Sanitation, dispensaries and jails vaccination Rajputana 1922-1927 - 1922-1927
Year: 1922
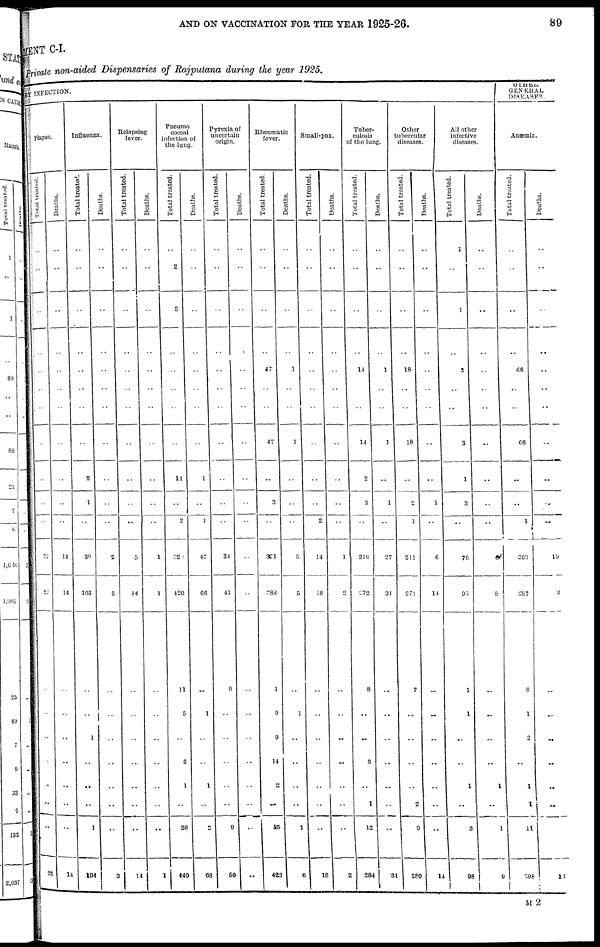
AND ON VACCINATION FOR THE YEAR 1925-26.
89
MENT C-I.
Private non-aided Dispensaries of Rajputana during the year 1925.
BY INFECTION.
Plague.
Total treated.
..
..
..
..
..
..
..
..
..
..
..
22
22
..
..
..
..
..
..
..
22
Deaths.
..
..
..
..
..
..
..
..
..
..
14
14
..
..
..
..
..
..
..
14
Influenza.
Total treated.
..
..
..
..
..
..
..
..
2
1
..
30
103
..
..
1
..
..
..
1
104
Deaths.
..
..
..
..
..
..
..
..
..
..
..
2
3
..
..
..
..
..
..
..
3
Relaps
ing
fever.
Total treated.
..
..
..
..
..
..
..
..
..
..
..
5
14
..
..
..
..
..
..
..
14
Deaths.
..
..
..
..
..
. .
..
..
..
..
..
1
1
..
..
..
..
..
..
..
1
Pneumo
coccal
infection of
the lung.
Total treated.
..
2
2
..
..
..
..
..
11
..
2
320
420
11
5
..
3
1
..
20
440
Deaths.
..
..
..
..
..
..
..
..
1
..
1
47
66
..
1
..
..
1
..
2
68
Pyrexia of
uncertain
origin.
Total treated.
..
..
..
..
..
..
..
..
..
..
..
34
41
9
..
..
..
..
..
9
50
Deaths.
..
..
..
..
..
..
..
..
..
..
..
..
..
..
..
..
..
..
..
..
..
Rheumatic
fever.
Total treated.
..
..
..
..
47
..
..
47
..
3
..
371
388
1
9
9
14
2
..
35
423
Deaths.
..
..
..
..
1
..
..
1
..
..
..
5
5
..
1
..
..
..
..
1
6
Small-pox.
Total treated.
..
..
..
..
..
..
..
..
..
..
2
14
18
..
..
..
..
..
..
..
18
Deaths.
..
..
..
..
..
..
..
..
..
..
..
1
2
..
..
..
..
..
..
..
2
Tuber-
culosis
of the lung.
Total treated.
..
..
..
..
14
..
..
14
2
3
..
216
272
8
..
..
3
..
1
12
284
Deaths.
..
..
..
..
1
..
..
1
..
1
..
27
31
..
..
..
..
..
..
..
31
Other
tubercular
diseases.
Total treated.
..
..
..
..
18
..
..
18
..
2
1
211
271
7
..
..
..
..
2
9
280
Deaths.
..
..
..
..
..
..
..
..
..
1
..
6
14
..
..
..
..
..
..
..
14
All other
infective
diseases.
Total treated.
1
..
1
..
3
..
..
3
1
3
..
76
95
1
1
..
..
1
..
3
98
Deaths.
..
..
..
..
..
..
..
..
..
..
..
8
..
..
..
..
1
..
1
9
OTHER
GENERAL
DISEASES.
Anæmia.
Total treated.
..
..
..
66
..
..
66
..
..
1
260
287
6
1
2
..
1
1
11
298
Deaths.
..
..
..
..
..
..
..
..
..
..
..
10
2
..
..
..
..
..
..
12
M 2